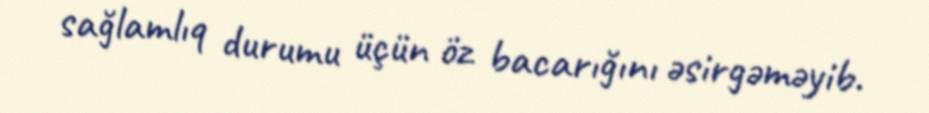
sağlamlıq durumu üçün öz bacarığını əsirgəməyib.